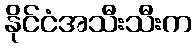
နိုင်ငံအသီးသီးက